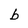
Character: b